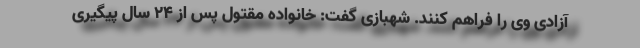
آزادی وی را فراهم کنند. شهبازی گفت: خانواده مقتول پس از ۲۴ سال پیگیری